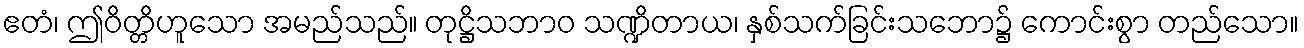
ဧတံ၊ ဤဝိတ္တိဟူသော အမည်သည်။ တုဋ္ဌိသဘာဝ သဏ္ဍိတာယ၊ နှစ်သက်ခြင်းသဘော၌ ကောင်းစွာ တည်သော။